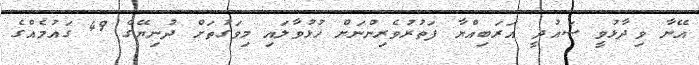
އޭނާ ވިދާޅުވީ ސައުދީ އަރަބިއްޔާ ފަތުރުވެރިންނަށް ހުޅުވާލައި މިވަގުތަށް ދުނިޔޭގެ 49 ގައުމެއްގެ